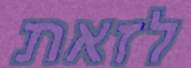
לזאת